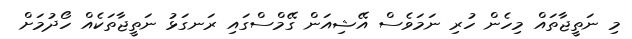
މި ނަތީޖާތައް މިހެން ހުރި ނަމަވެސް އޭޝިއަން ގޭމްސްގައި ރަނގަޅު ނަތީޖާތަކެއް ހޯދުމަށް